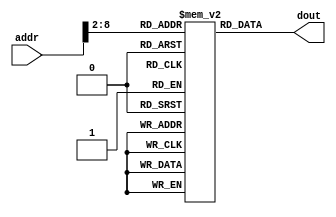
// Editor: SunAo
// LastEditTime: 2024/5/21

// instruction memory
module im(input [31:0] addr, output [31:0] dout);
  reg  [31:0] RAM[127:0];
  // read
  assign dout = RAM[addr[8:2]]; 
endmodule